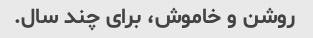
روشن و خاموش، برای چند سال.